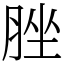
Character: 脞